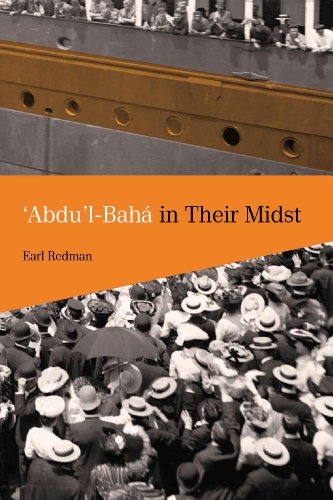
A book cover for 'Abdu'l-Baha in Their Midst; Earl Redman; Religion & Spirituality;